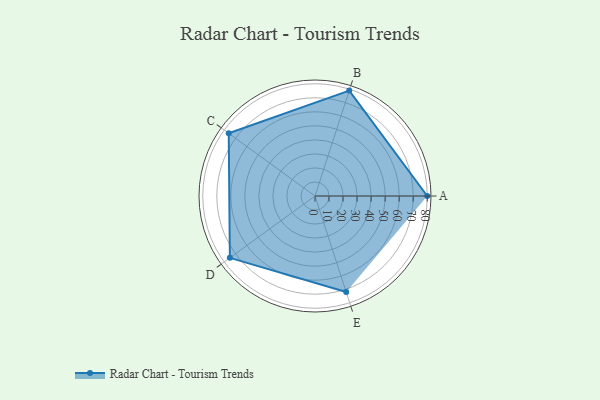
{"axis": {"x": "Skill", "y": "Score"}, "legend": ["Profile"], "data": [{"x": "A", "y": 80.0, "type": "Profile"}, {"x": "B", "y": 79.0, "type": "Profile"}, {"x": "C", "y": 76.0, "type": "Profile"}, {"x": "D", "y": 75.0, "type": "Profile"}, {"x": "E", "y": 72.0, "type": "Profile"}]}